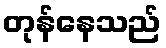
တုန်နေသည်